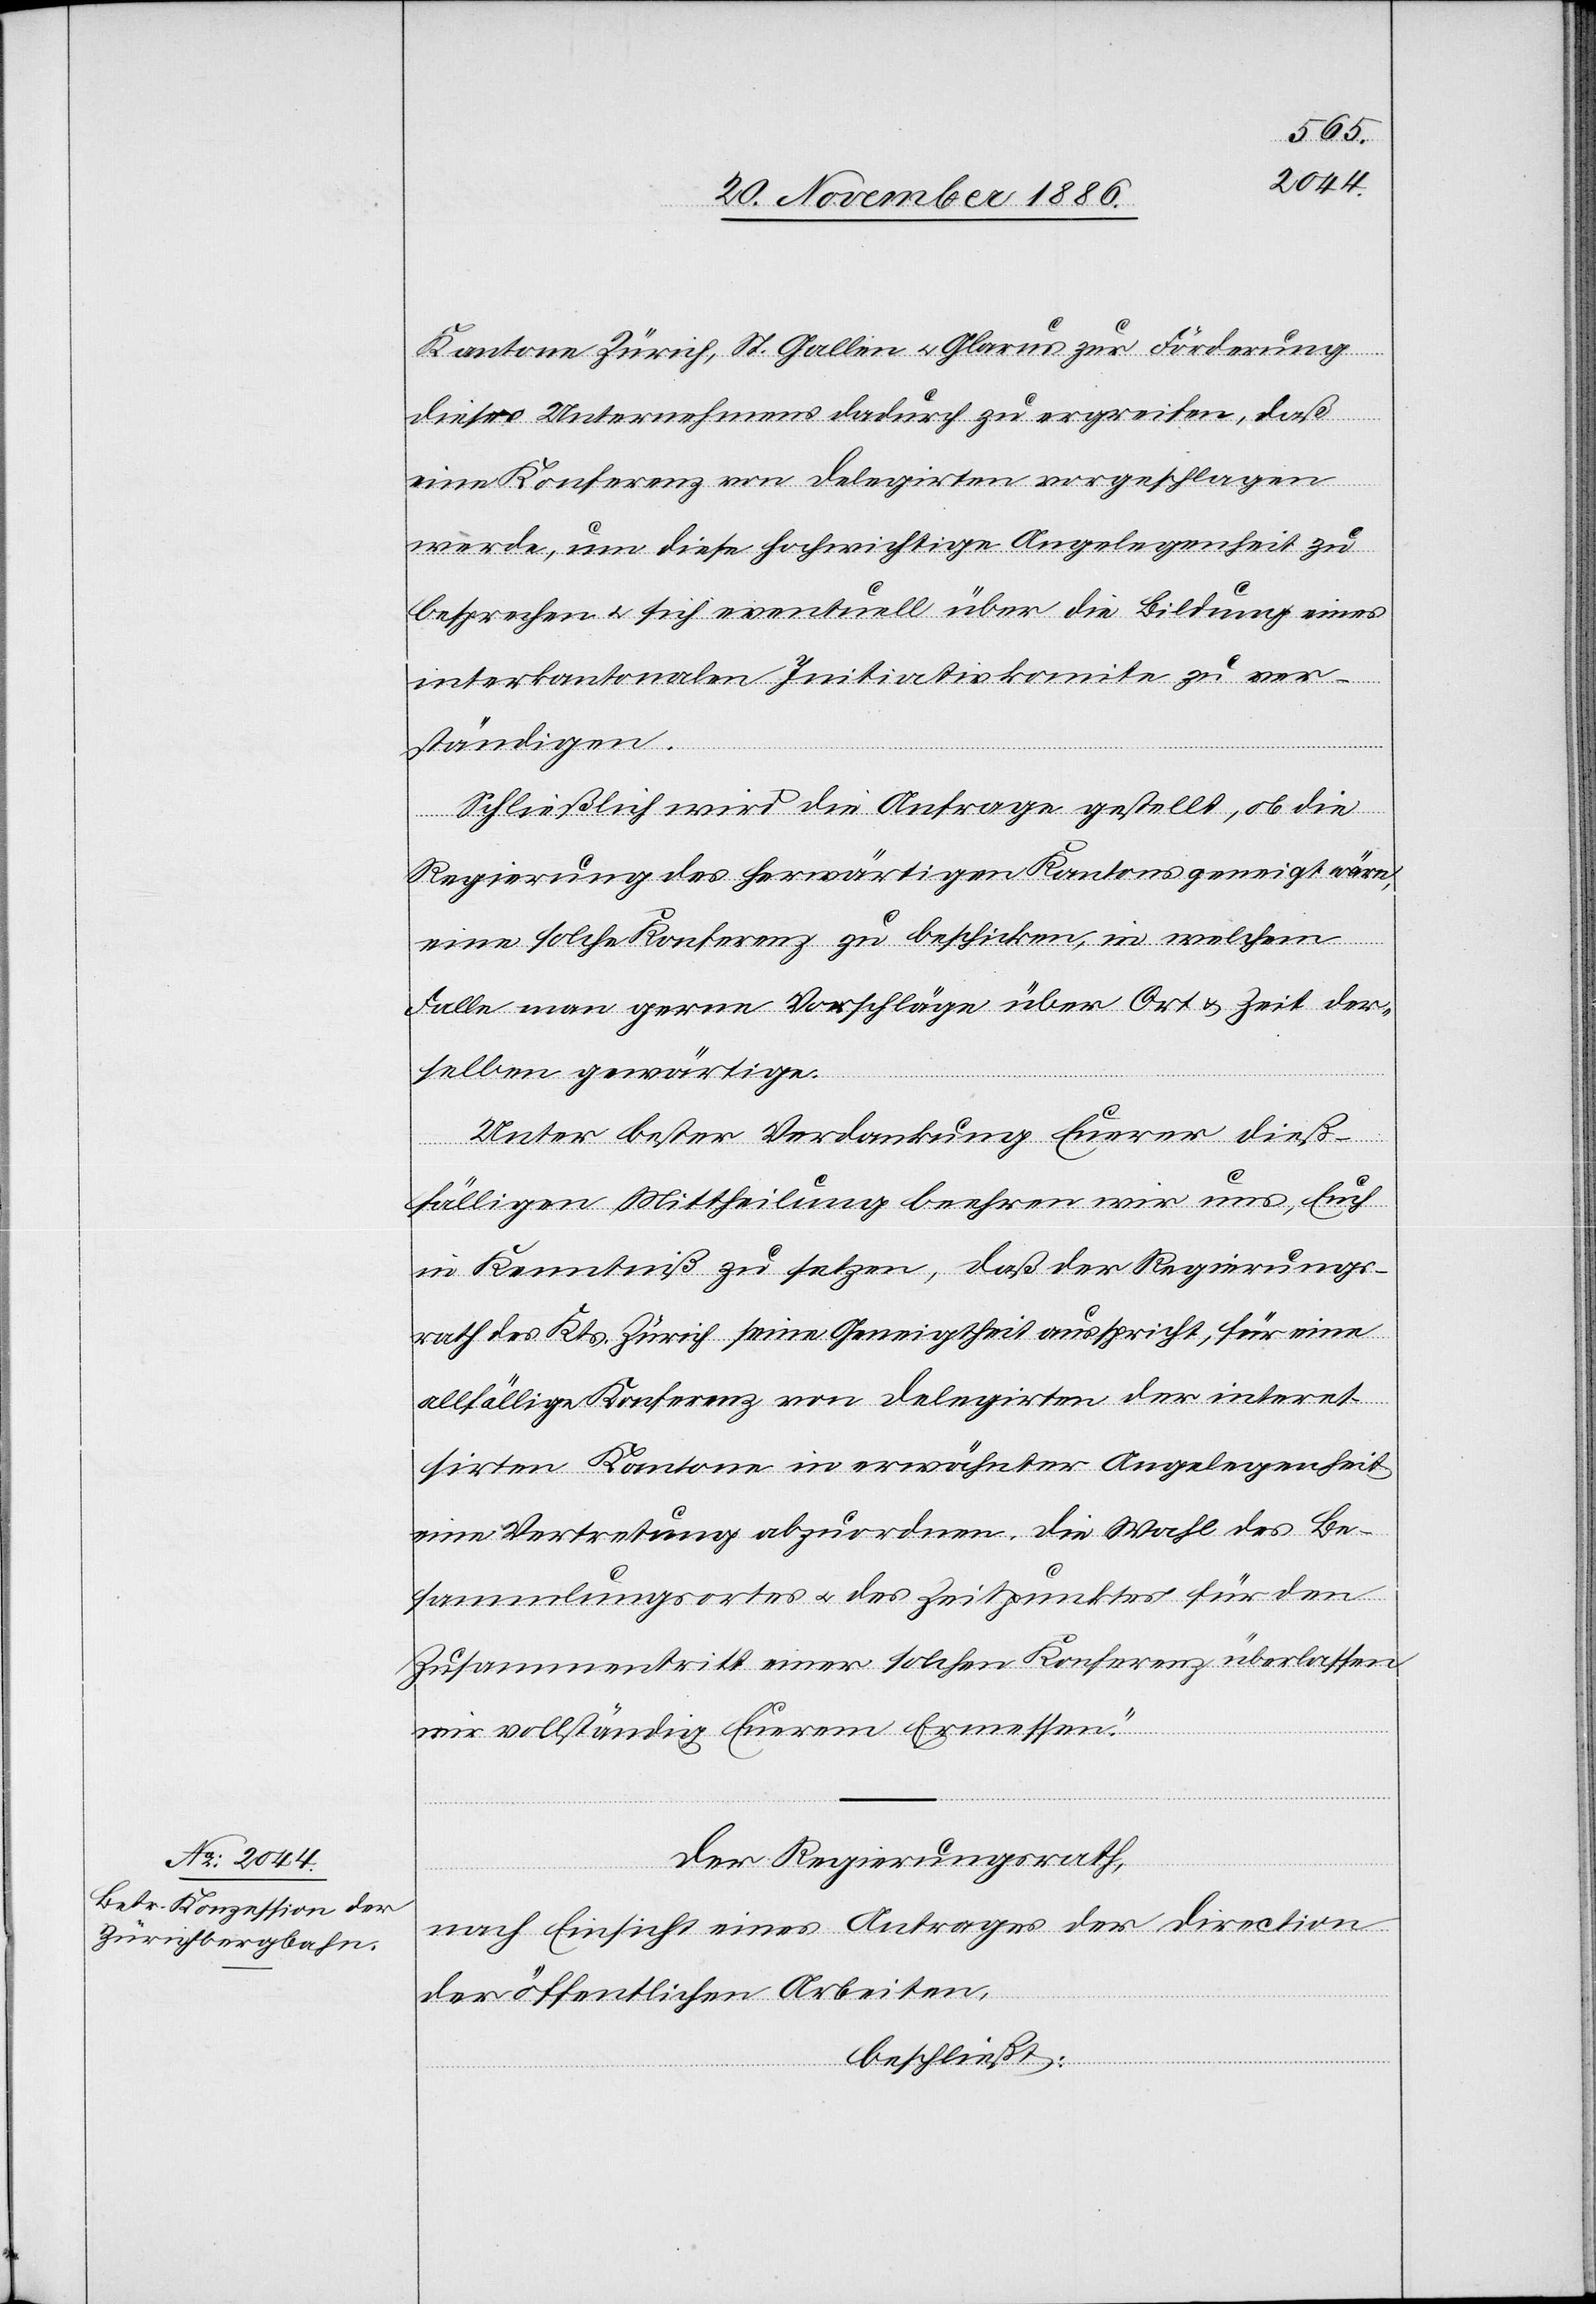
Kantone Zürich, St. Gallen & Glarus zur Förderung
dieses Unternehmens dadurch zu ergreifen, daß
eine Konferenz von Delegirten vorgeschlagen
werde, um diese hochwichtige Angelegenheit zu
besprechen & sich eventuell über die Bildung eines
interkantonalen Initiativkomite zu ver¬
ständigen.
Schließlich wird die Anfrage gestellt, ob die
Regierung des herwärtigen Kantons geneigt wäre,
eine solche Konferenz zu beschicken, in welchem
Falle man gerne Vorschläge über Ort & Zeit der¬
selben gewärtige.
Unter bester Verdankung Euerer dieß¬
fälligen Mittheilung beehren wir uns, Euch
in Kenntniß zu setzen, daß der Regierungs¬
rath des Kts. Zürich seine Geneigtheit ausspricht, für eine
allfällige Konferenz von Delegirten der interes¬
sirten Kantone in erwähnter Angelegenheit
eine Vertretung abzuordnen. Die Wahl des Be¬
sammlungsortes & des Zeitpunktes für den
Zusammentritt einer solchen Konferenz überlassen
wir vollständig Euerem Ermessen.“
Der Regierungsrath,
nach Einsicht eines Antrages der Direction
der öffentlichen Arbeiten,
beschließt: